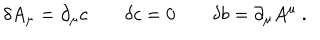
\delta A _ { \mu } = \partial _ { \mu } c \qquad \delta c = 0 \qquad \delta b = \partial _ { \mu } A ^ { \mu } \ .